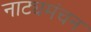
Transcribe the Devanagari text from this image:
नाट्यमंचन